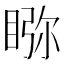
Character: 𥇎